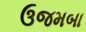
ઉજમબા